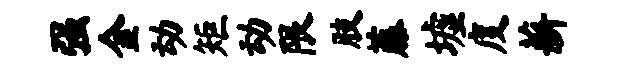
强金动矩动限肢藤墟度薪